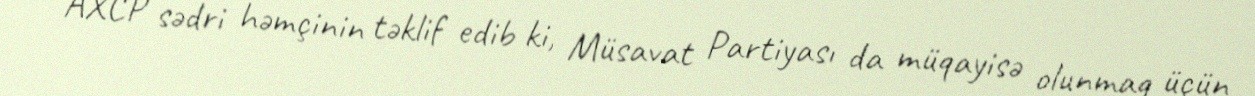
AXCP sədri həmçinin təklif edib ki, Müsavat Partiyası da müqayisə olunmaq üçün